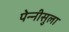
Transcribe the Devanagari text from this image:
पेन्‍नीसुला